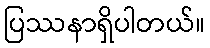
ပြဿနာရှိပါတယ်။